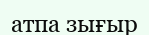
атпа зығыр